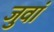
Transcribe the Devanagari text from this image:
जुवां